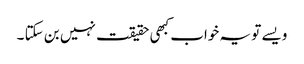
ویسے تو یہ خواب کبھی حقیقت نہیں بن سکتا ۔